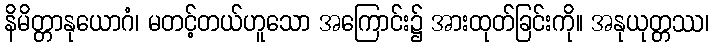
နိမိတ္တာနုယောဂံ၊ မတင့်တယ်ဟူသော အကြောင်း၌ အားထုတ်ခြင်းကို။ အနုယုတ္တဿ၊